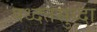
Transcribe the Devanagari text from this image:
पध्दतसुध्दा